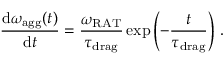
\frac { \mathrm { d } \omega _ { \mathrm { a g g } } ( t ) } { \mathrm { d } t } = \frac { \omega _ { \mathrm { R A T } } } { \tau _ { \mathrm { d r a g } } } \exp \left( - \frac { t } { \tau _ { \mathrm { d r a g } } } \right) \, .